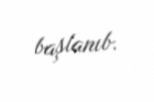
başlanıb.